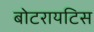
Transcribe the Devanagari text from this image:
बोटरायटिस